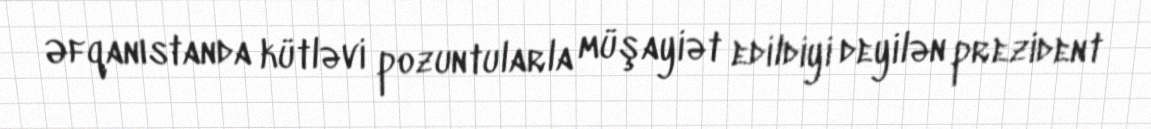
Əfqanıstanda kütləvi pozuntularla müşayiət edildiyi deyilən prezident